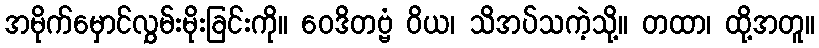
အမိုက်မှောင်လွှမ်းမိုးခြင်းကို။ ဝေဒိတဗ္ဗံ ဝိယ၊ သိအပ်သကဲ့သို့။ တထာ၊ ထို့အတူ။